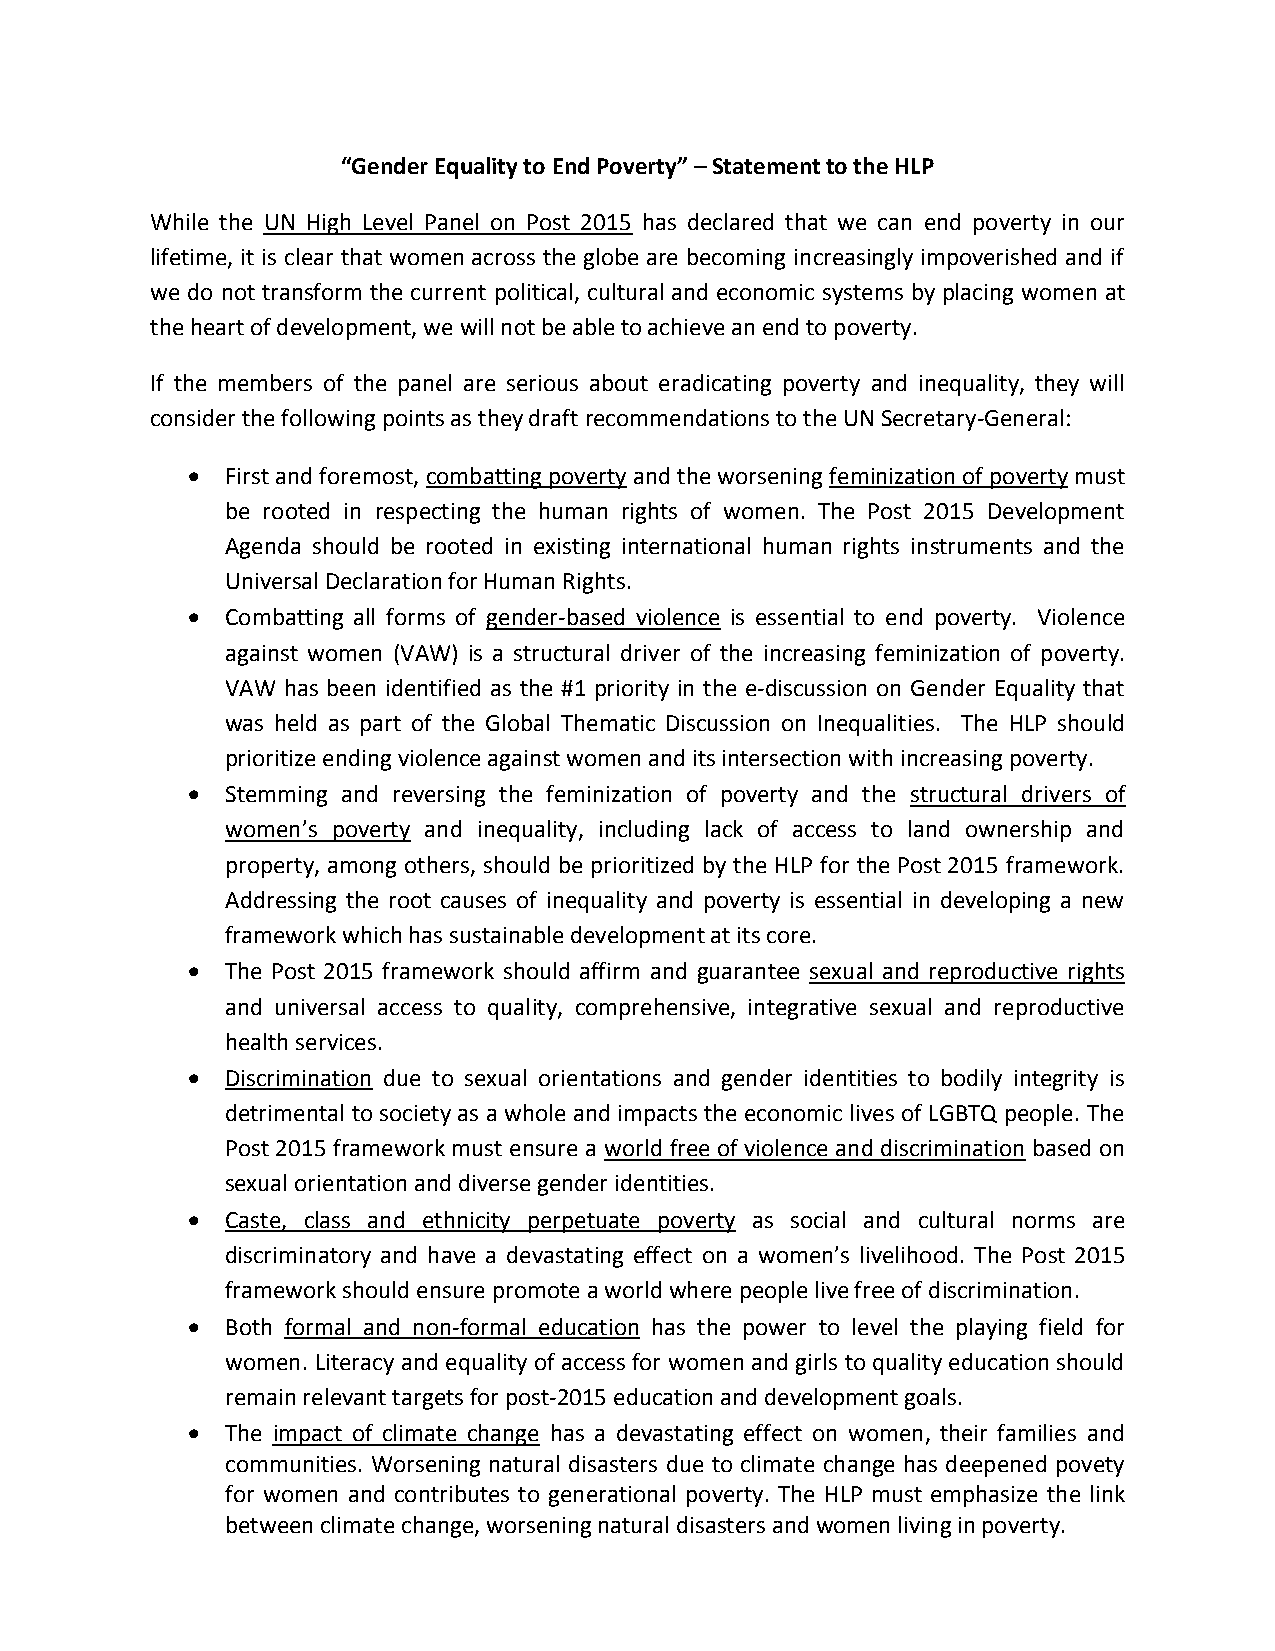
“Gender Equality to End Poverty” – Statement to the HLP
 While the UN High Level Panel on Post 2015 has declared that we can end poverty in our
 lifetime, it is clear that women across the globe are becoming increasingly impoverished and if
 we do not transform the current political, cultural and economic systems by placing women at
 the heart of development, we will not be able to achieve an end to poverty.
 If the members of the panel are serious about eradicating poverty and inequality, they will
 consider the following points as they draft recommendations to the UN Secretary-General:
   First and foremost, combatting poverty and the worsening feminization of poverty must
 be rooted in respecting the human rights of women. The Post 2015 Development
 Agenda should be rooted in existing international human rights instruments and the
 Universal Declaration for Human Rights.
   Combatting all forms of gender-based violence is essential to end poverty. Violence
 against women (VAW) is a structural driver of the increasing feminization of poverty.
 VAW has been identified as the #1 priority in the e-discussion on Gender Equality that
 was held as part of the Global Thematic Discussion on Inequalities. The HLP should
 prioritize ending violence against women and its intersection with increasing poverty.
   Stemming and reversing the feminization of poverty and the structural drivers of
 women’s poverty and inequality, including lack of access to land ownership and
 property, among others, should be prioritized by the HLP for the Post 2015 framework.
 Addressing the root causes of inequality and poverty is essential in developing a new
 framework which has sustainable development at its core.
   The Post 2015 framework should affirm and guarantee sexual and reproductive rights
 and universal access to quality, comprehensive, integrative sexual and reproductive
 health services.
   Discrimination due to sexual orientations and gender identities to bodily integrity is
 detrimental to society as a whole and impacts the economic lives of LGBTQ people. The
 Post 2015 framework must ensure a world free of violence and discrimination based on
 sexual orientation and diverse gender identities.
   Caste, class and ethnicity perpetuate poverty as social and cultural norms are
 discriminatory and have a devastating effect on a women’s livelihood. The Post 2015
 framework should ensure promote a world where people live free of discrimination.
   Both formal and non-formal education has the power to level the playing field for
 women. Literacy and equality of access for women and girls to quality education should
 remain relevant targets for post-2015 education and development goals.
   The impact of climate change has a devastating effect on women, their families and
 communities. Worsening natural disasters due to climate change has deepened povety
 for women and contributes to generational poverty. The HLP must emphasize the link
 between climate change, worsening natural disasters and women living in poverty.